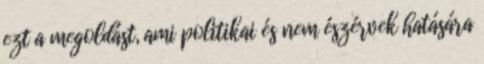
ezt a megoldást, ami politikai és nem észérvek hatására